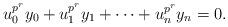
LaTeX: \begin{align*}u_0^{p^{r}}y_0+u_1^{p^{r}}y_1+\cdots+u_n^{p^{r}}y_n=0.\end{align*}